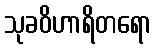
သုခဝိဟာရိတရော